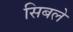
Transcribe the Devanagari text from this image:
सिबले